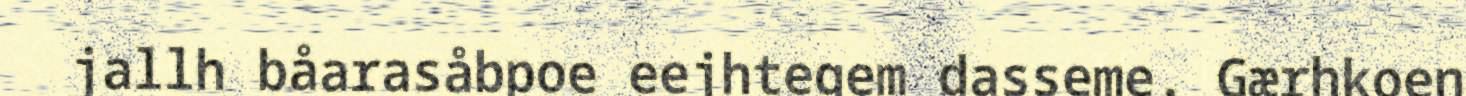
jallh båarasåbpoe eejhtegem dasseme. Gærhkoen